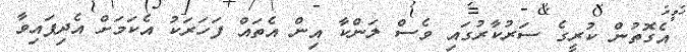
އެގޮތުން ކުރީގެ ސަރުކާރުގައި ވެސް ލަންކާ އިން އެތައް ފަހަރަކު އެކަމަށް އެދިފައިވާ